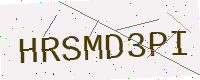
Text: HRSMD3PI